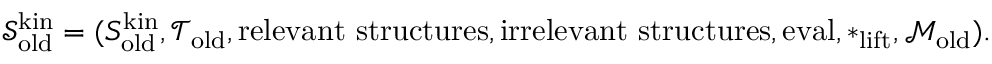
\begin{array} { r } { \mathcal { S } _ { \mathrm { o l d } } ^ { \mathrm { k i n } } = ( S _ { \mathrm { o l d } } ^ { \mathrm { k i n } } , \mathcal { T } _ { \mathrm { o l d } } , \mathrm { r e l e v a n t ~ s t r u c t u r e s } , \mathrm { i r r e l e v a n t ~ s t r u c t u r e s } , \mathrm { e v a l } , * _ { \mathrm { l i f t } } , \mathcal { M } _ { \mathrm { o l d } } ) . } \end{array}